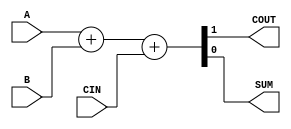
`timescale 1ns/1ps

module add(A, B, CIN, COUT, SUM);

	input A, B, CIN;
	output COUT, SUM;

	assign {COUT, SUM} = A + B + CIN;
	
endmodule